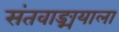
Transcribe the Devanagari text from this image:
संतवाङ्मयाला